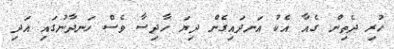
ހުރި ދެތިން ގެއާ އެކު އަނދައިގެން ދިޔަ ހާދިސާ ވެސް ހަނދާނުގައި އަދި